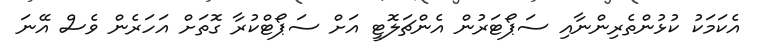
އެކަމަކު ކުޅުންތެރިންނާއި ސަޕޯޓަރުން އެންޗަލޮޓީ އަށް ސަޕޯޓްކުރާ ގޮތަށް އަހަރެން ވެސް އޭނަ